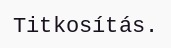
Titkosítás.